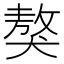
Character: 獒